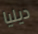
ديليا